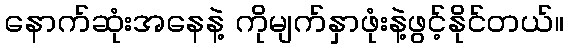
နောက်ဆုံးအနေနဲ့ ကိုမျက်နှာဖုံးနဲ့ဖွင့်နိုင်တယ်။